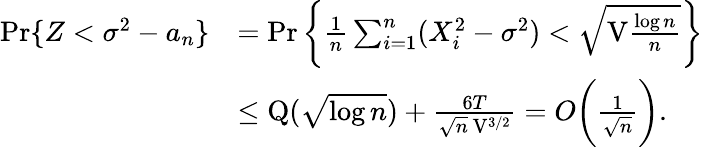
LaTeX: \begin{array}{rl}{\operatorname*{Pr}\{ Z<\sigma^{2}-a_{n}\} }&{=\operatorname*{Pr}\bigg\{ \frac{1}{n}\sum_{i=1}^{n}(X_{i}^{2}-\sigma^{2})<\sqrt{\mathrm{V}\frac{\log n}{n}}\bigg\} }\\ &{\leq\mathrm{Q}(\sqrt{\log n})+\frac{6T}{\sqrt{n}\, \mathrm{V}^{3/2}}=O\bigg(\frac{1}{\sqrt{n}}\bigg).}\end{array}